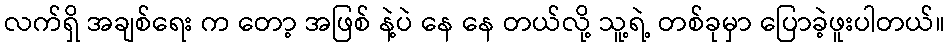
လက်ရှိ အချစ်ရေး က တော့ အဖြစ် နဲ့ပဲ နေ နေ တယ်လို့ သူ့ရဲ့ တစ်ခုမှာ ပြောခဲ့ဖူးပါတယ်။